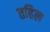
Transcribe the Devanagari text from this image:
तहिल